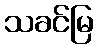
သခင်မြ